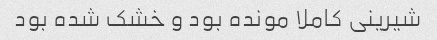
شیرینی کاملا مونده بود و خشک شده بود